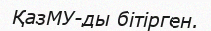
ҚазМУ-ды бітірген.